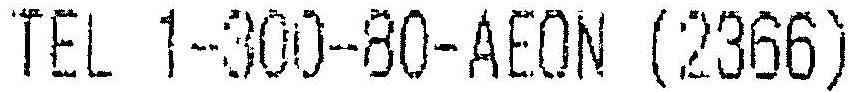
TEL 1-300-80-AEON (2366)